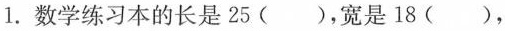
1.数学练习本的长是25（），宽是18（），